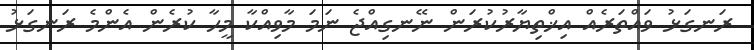
ރަނގަޅު ވައްތަރެއް އިޚްތިޔާރުކުރަން ނޭނގިއްޖެ ނަމަ މާވިއްކާ މީހާ ކުރެން އެންމެ ރަނގަޅު